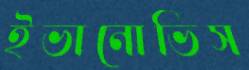
ইভানোভিস